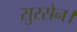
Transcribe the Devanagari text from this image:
सुरसेन।